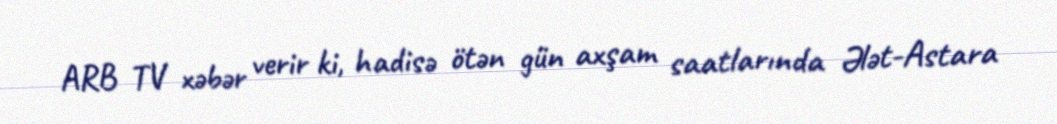
ARB TV xəbər verir ki, hadisə ötən gün axşam saatlarında Ələt-Astara